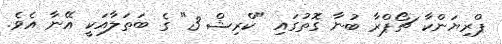
ޕްރިޔަންކާ ޗޯޕްރާ ބުނާ ގޮތުގައި "ކްރިޝް 3" ގެ ބަތަލާއަކީ އޭނާ އެވެ.